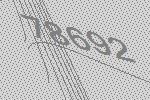
78692